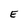
Character: E